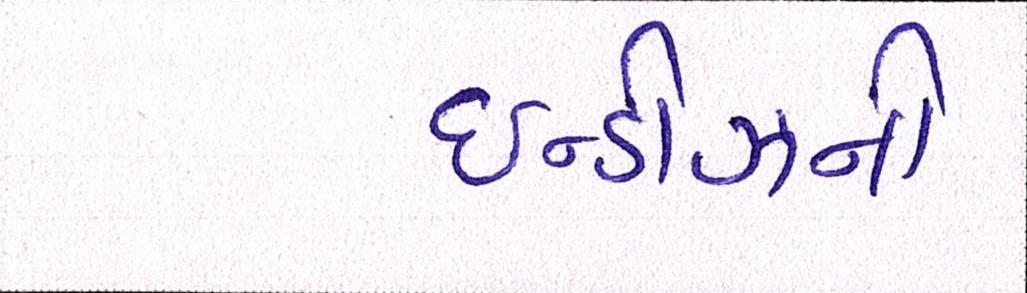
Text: ઇન્ડીઝની